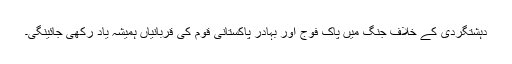
دہشتگردی کے خلاف جنگ میں پاک فوج اور بہادر پاکستانی قوم کی قربانیاں ہمیشہ یاد رکھی جائینگی۔